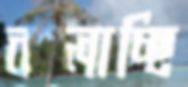
ঝালাচ্ছি